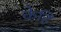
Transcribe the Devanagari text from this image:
केहिं